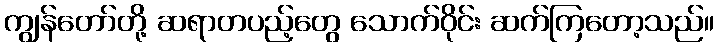
ကျွန်တော်တို့ ဆရာတပည့်တွေ သောက်ဝိုင်း ဆက်ကြတော့သည်။